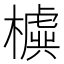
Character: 𣝛